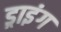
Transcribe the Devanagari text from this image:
ड्राइंंग